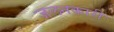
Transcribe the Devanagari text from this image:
जलनकारी